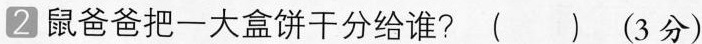
2 鼠爸爸把一大盒饼干分给谁? ( ) (3分)